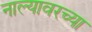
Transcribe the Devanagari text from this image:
नाल्यावरच्या